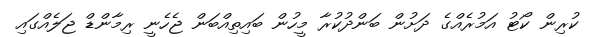
ކުރިން ކޯޓު އަމުރެއްގެ ދަށުން ބަންދުކުރާ މީހުން ބައިތިއްބަން ޖެހެނީ ރިމާންޑް ޖަލެއްގައި